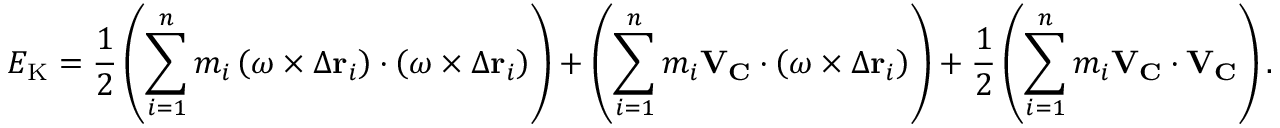
E _ { \mathrm { K } } = { \frac { 1 } { 2 } } \left( \sum _ { i = 1 } ^ { n } m _ { i } \left( { \boldsymbol { \omega } } \times \Delta \mathbf { r } _ { i } \right) \cdot \left( { \boldsymbol { \omega } } \times \Delta \mathbf { r } _ { i } \right) \right) + \left( \sum _ { i = 1 } ^ { n } m _ { i } \mathbf { V } _ { \mathbf { C } } \cdot \left( { \boldsymbol { \omega } } \times \Delta \mathbf { r } _ { i } \right) \right) + { \frac { 1 } { 2 } } \left( \sum _ { i = 1 } ^ { n } m _ { i } \mathbf { V } _ { \mathbf { C } } \cdot \mathbf { V } _ { \mathbf { C } } \right) .